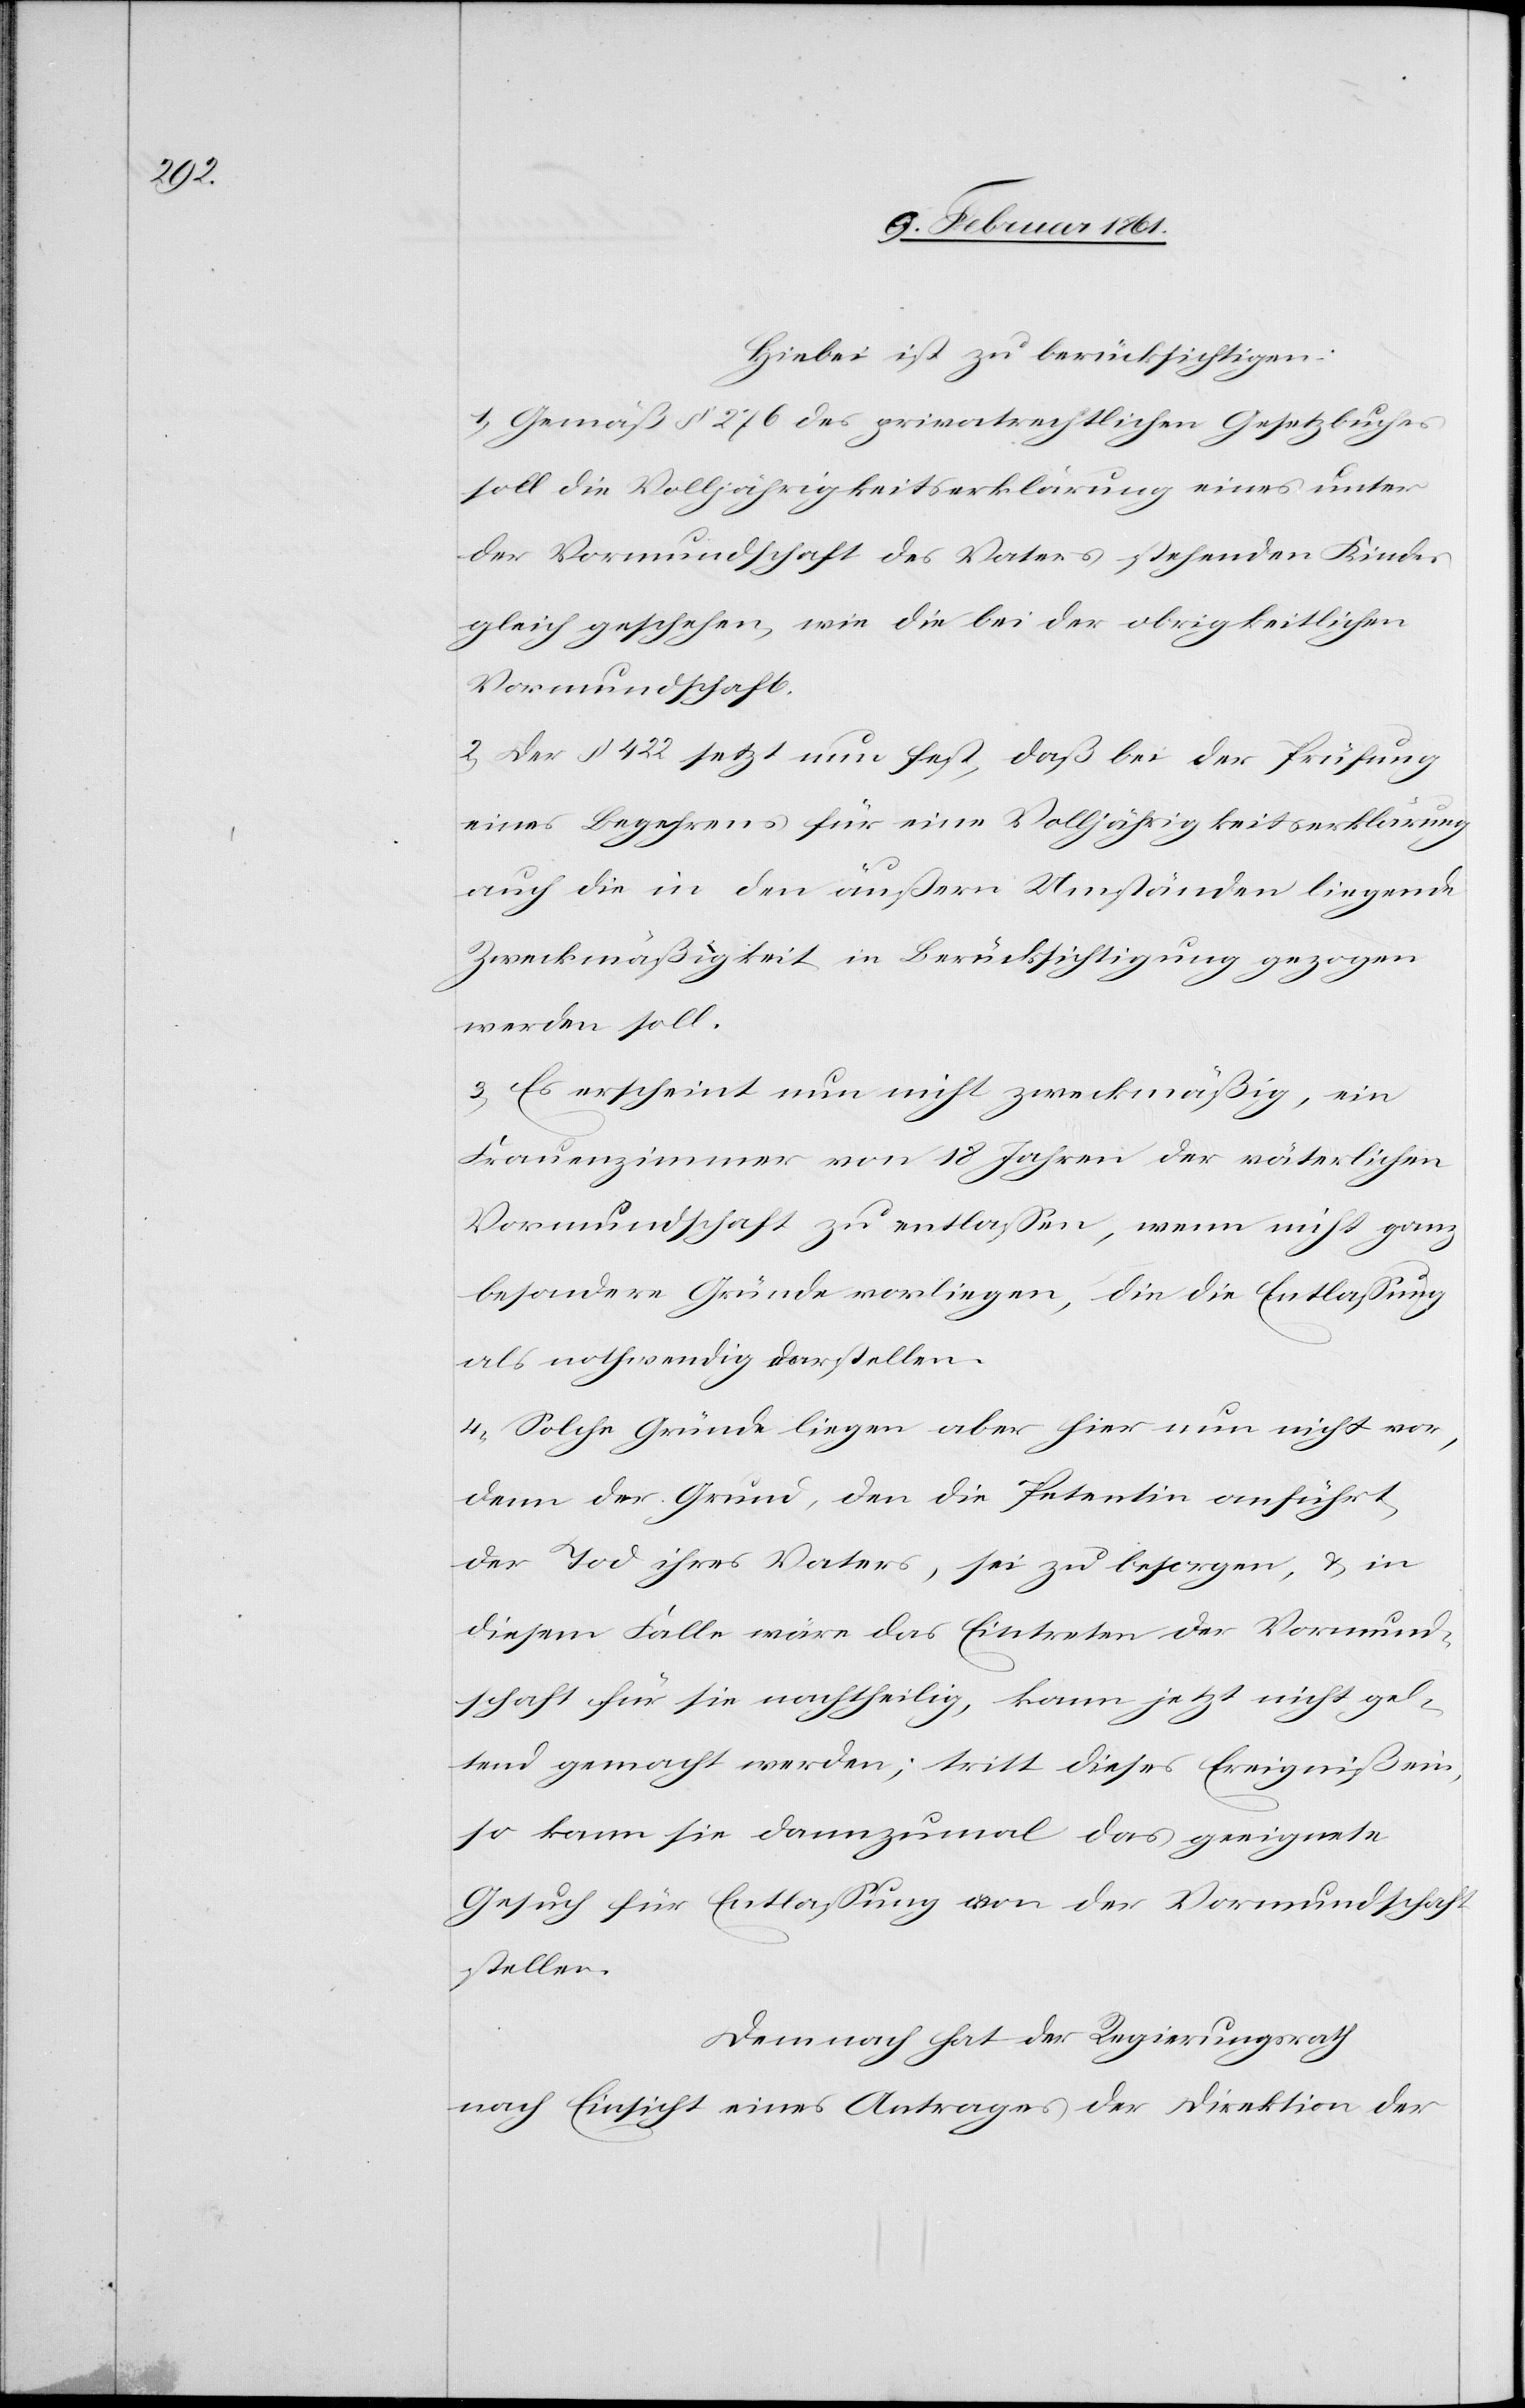
Hiebei ist zu berücksichtigen:
1) Gemäß § 276 des privatrechtlichen Gesetzbuches
soll die Volljährigkeitserklärung eines unter
der Vormundschaft des Vaters stehenden Kindes
gleich geschehen, wie die bei der obrigkeitlichen
Vormundschaft.
2) Der § 422 setzt nun fest, daß bei der Prüfung
eines Begehrens für eine Volljährigkeitserklärung
auch die in den äußern Umständen liegende
Zweckmäßigkeit in Berücksichtigung gezogen
werden soll.
3) Es erscheint nun nicht zweckmäßig, ein
Frauenzimmer von 18 Jahren der väterlichen
Vormundschaft zu entlassen, wenn nicht ganz
besondere Gründe vorliegen, die die Entlassung
als nothwendig darstellen.
4) Solche Gründe liegen aber hier nun nicht vor,
denn der Grund, den die Petentin anführt,
der Tod ihres Vaters, sei zu besorgen, u. in
diesem Falle wäre das Eintreten der Vormund¬
schaft für sie nachtheilig, kann jetzt nicht gel¬
tend gemacht werden; tritt dieses Ereigniß ein,
so kann sie dannzumal das geeignete
Gesuch für Entlassung von der Vormundschaft
stellen.
Demnach hat der Regierungsrath
nach Einsicht eines Antrages der Direktion der